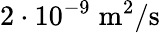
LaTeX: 2\cdot 10^{-9}\; \mathrm{m}^{2}/\mathrm{s}